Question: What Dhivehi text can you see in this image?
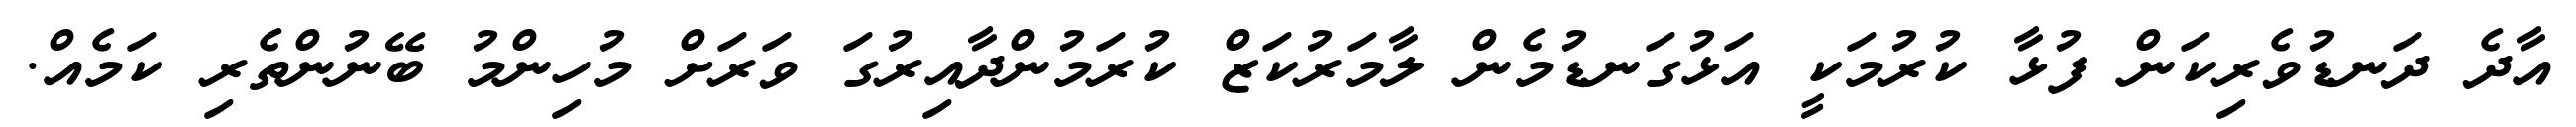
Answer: އާދެ ދަނޑުވެރިކަން ފުޅާ ކުރުމަކީ އަޅުގަނޑުމެން ލާމަރުކަޒް ކުރަމުންދާއިރުގަ ވަރަށް މުހިންމު ބޭނުންތެރި ކަމެއް.